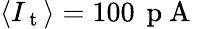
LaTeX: \langle I_{\mathrm{~t~}}\rangle=100\, \mathrm{~p~A~}